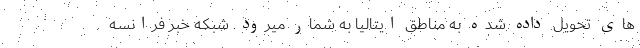
های تحویل داده شده به مناطق ایتالیا به شمار میرود. شبکه خبر فرانسه